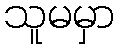
သူမမှာ